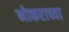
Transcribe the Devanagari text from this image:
नोकराच्या